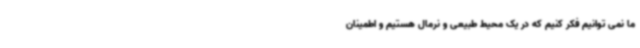
ما نمی توانیم فکر کنیم که در یک محیط طبیعی و نرمال هستیم و اطمینان